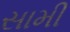
સામી